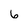
Character: 6